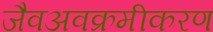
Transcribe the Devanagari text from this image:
जैवअवक्रमीकरण